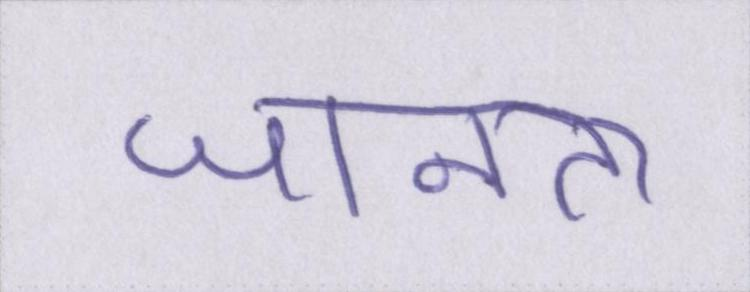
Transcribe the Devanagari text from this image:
जानता